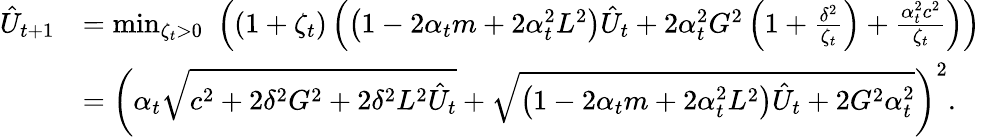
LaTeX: \begin{array}{rl}{\hat{U}_{t+1}}&{=\operatorname*{min}_{\zeta_{t}>0}\, \, \left(\left(1+\zeta_{t}\right)\left(\left(1-2\alpha_{t}m+2\alpha_{t}^{2}L^{2}\right)\hat{U}_{t}+2\alpha_{t}^{2}G^{2}\left(1+\frac{\delta^{2}}{\zeta_{t}}\right)+\frac{\alpha_{t}^{2}c^{2}}{\zeta_{t}}\right)\right)}\\ &{=\left(\alpha_{t}\sqrt{c^{2}+2\delta^{2}G^{2}+2\delta^{2}L^{2}\hat{U}_{t}}+\sqrt{\left(1-2\alpha_{t}m+2\alpha_{t}^{2}L^{2}\right)\hat{U}_{t}+2G^{2}\alpha_{t}^{2}}\right)^{2}.}\end{array}